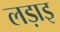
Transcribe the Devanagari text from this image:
लड़ाइ